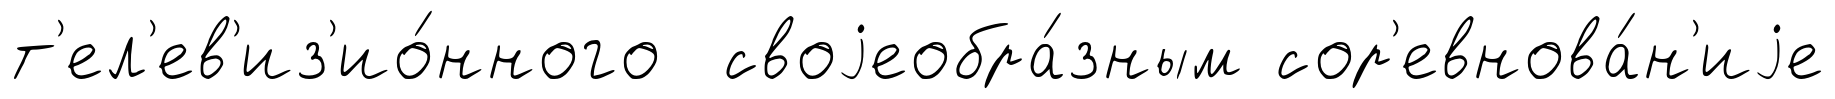
т'ел'ев'из'ио́нного своjеобра́зным сор'евнова́н'иjе